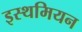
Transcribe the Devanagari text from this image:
इस्थमियन